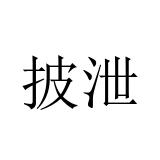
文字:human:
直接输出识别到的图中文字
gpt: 披泄